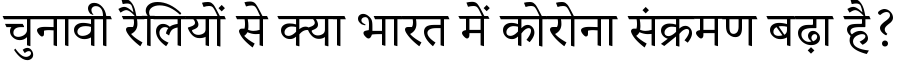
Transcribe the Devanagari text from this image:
चुनावी रैलियों से क्या भारत में कोरोना संक्रमण बढ़ा है?